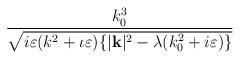
LaTeX: \begin{align*}\frac{k_{0}^{3}}{\sqrt{i\varepsilon (k^{2}+\iota \varepsilon )\{|\mathbf{k}|^{2}-\lambda (k_{0}^{2}+i\varepsilon )\}}}\end{align*}